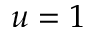
u = 1